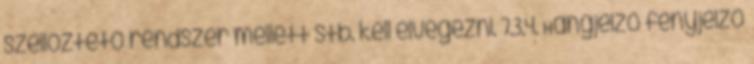
szellõztetõ rendszer mellett stb. kell elvégezni. 7.3.4. Hangjelzõ fényjelzõ